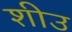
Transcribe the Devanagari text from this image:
शीउ